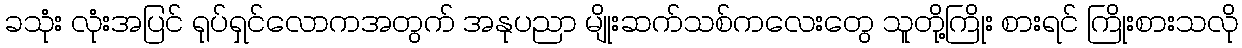
ခသုံး လုံးအပြင် ရုပ်ရှင်လောကအတွက် အနုပညာ မျိုးဆက်သစ်ကလေးတွေ သူတို့ကြိုး စားရင် ကြိုးစားသလို